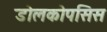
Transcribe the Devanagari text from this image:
डोलकोपसिस